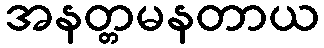
အနတ္တမနတာယ